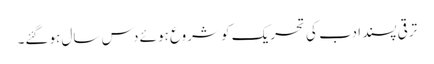
ترقی پسند ادب کی تحریک کو شروع ہوئے دس سال ہوگئے۔